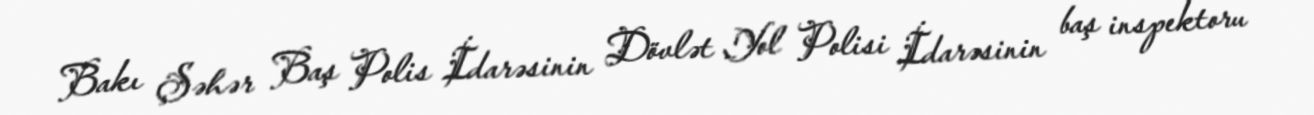
Bakı Şəhər Baş Polis İdarəsinin Dövlət Yol Polisi İdarəsinin baş inspektoru